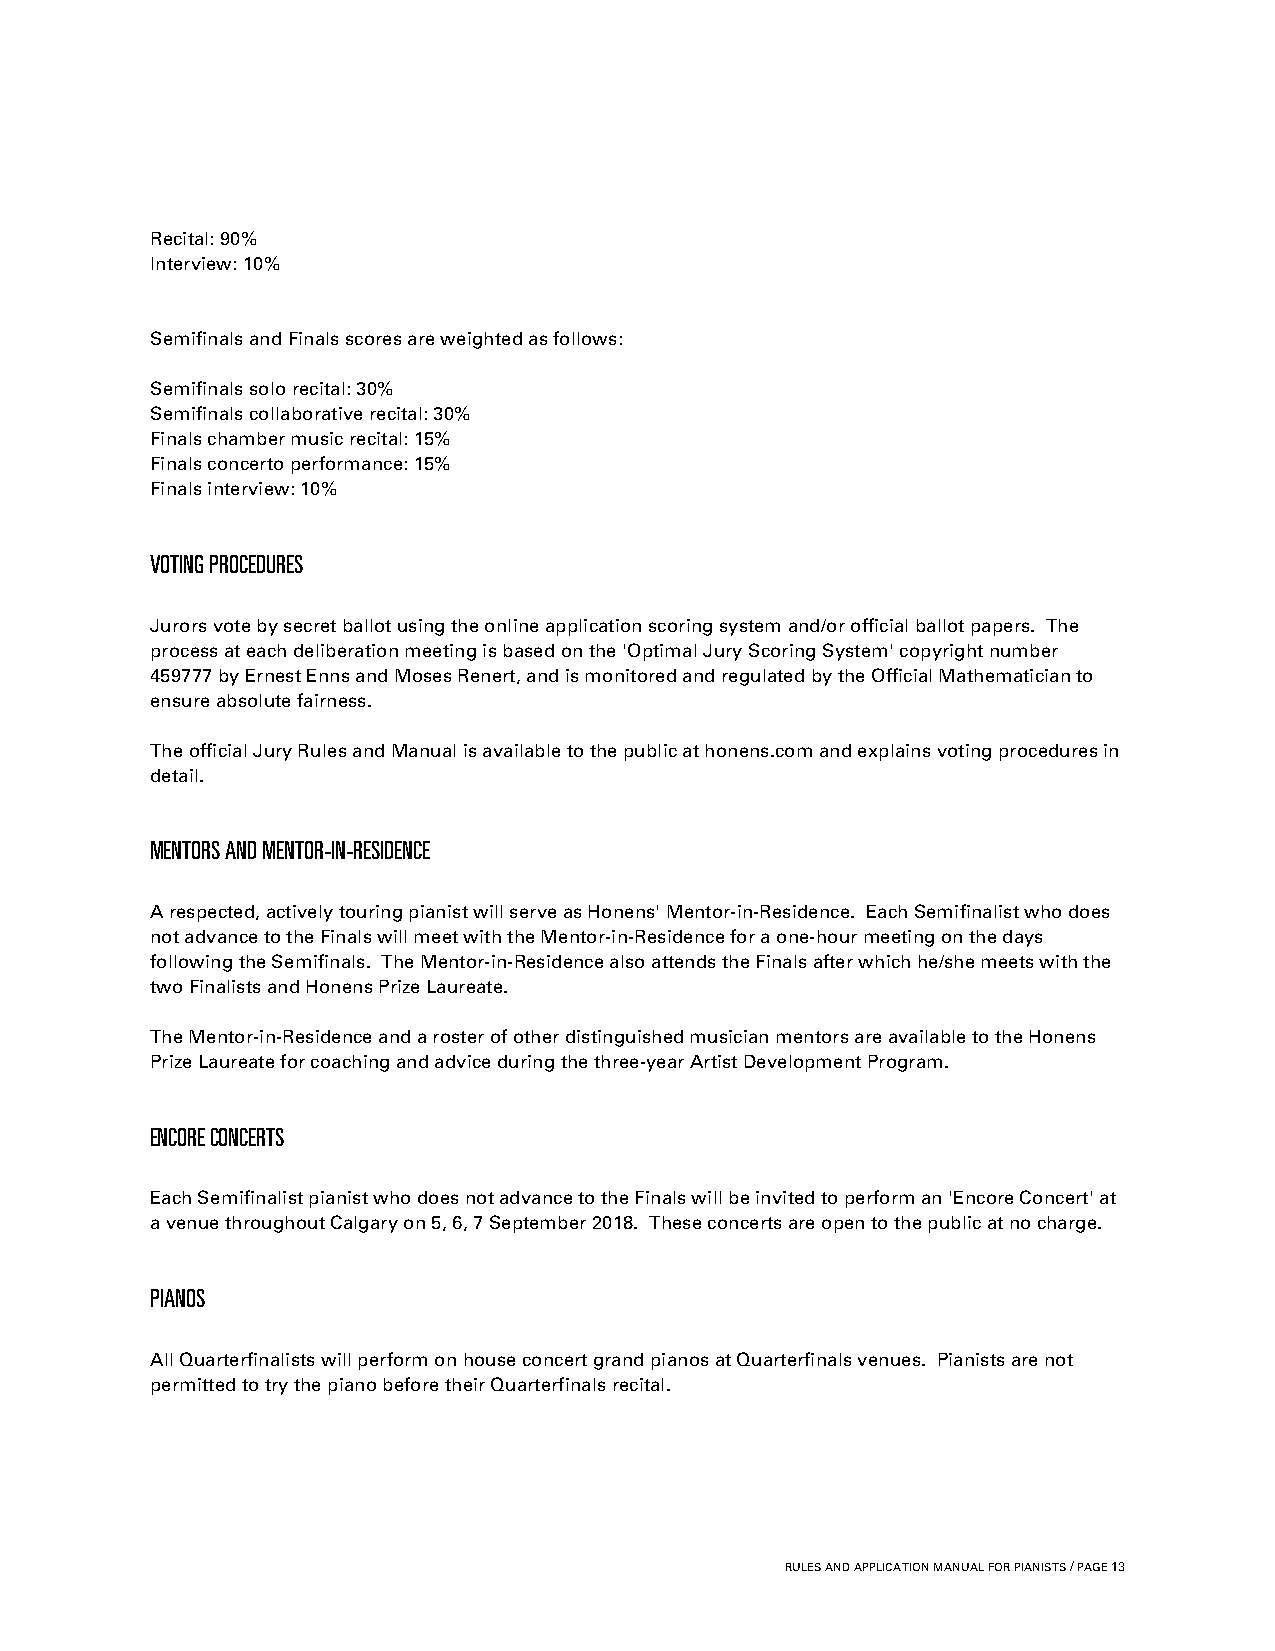
Recital: 90%
 Interview: 10%
 Semifinals and Finals scores are weighted as follows:
 Semifinals solo recital: 30%
 Semifinals collaborative recital: 30%
 Finals chamber music recital: 15%
 Finals concerto performance: 15%
 Finals interview: 10%
 VOTING PROCEDURES
 Jurors vote by secret ballot using the online application scoring system and/or official ballot papers. The
 process at each deliberation meeting is based on the 'Optimal Jury Scoring System' copyright number
 459777 by Ernest Enns and Moses Renert, and is monitored and regulated by the Official Mathematician to
 ensure absolute fairness.
 The official Jury Rules and Manual is available to the public at honens.com and explains voting procedures in
 detail.
 MENTORS AND MENTOR-IN-RESIDENCE
 A respected, actively touring pianist will serve as Honens' Mentor-in-Residence. Each Semifinalist who does
 not advance to the Finals will meet with the Mentor-in-Residence for a one-hour meeting on the days
 following the Semifinals. The Mentor-in-Residence also attends the Finals after which he/she meets with the
 two Finalists and Honens Prize Laureate.
 The Mentor-in-Residence and a roster of other distinguished musician mentors are available to the Honens
 Prize Laureate for coaching and advice during the three-year Artist Development Program.
 ENCORE CONCERTS
 Each Semifinalist pianist who does not advance to the Finals will be invited to perform an 'Encore Concert' at
 a venue throughout Calgary on 5, 6, 7 September 2018. These concerts are open to the public at no charge.
 PIANOS
 All Quarterfinalists will perform on house concert grand pianos at Quarterfinals venues. Pianists are not
 permitted to try the piano before their Quarterfinals recital.
 RULES AND APPLICATION MANUAL FOR PIANISTS / PAGE 13